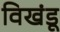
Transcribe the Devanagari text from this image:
विखंडू